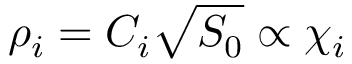
\rho _ { i } = C _ { i } \sqrt { S _ { 0 } } \propto \chi _ { i }